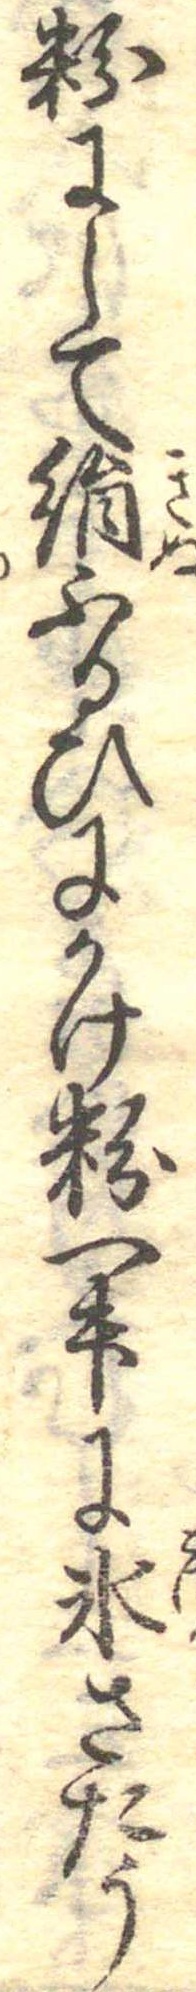
粉にして絹ふるひにかけ粉一升に氷さたう